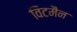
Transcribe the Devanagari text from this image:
विटमैन